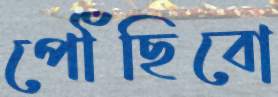
পৌঁছিবো